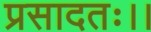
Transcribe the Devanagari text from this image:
प्रसादतः।।